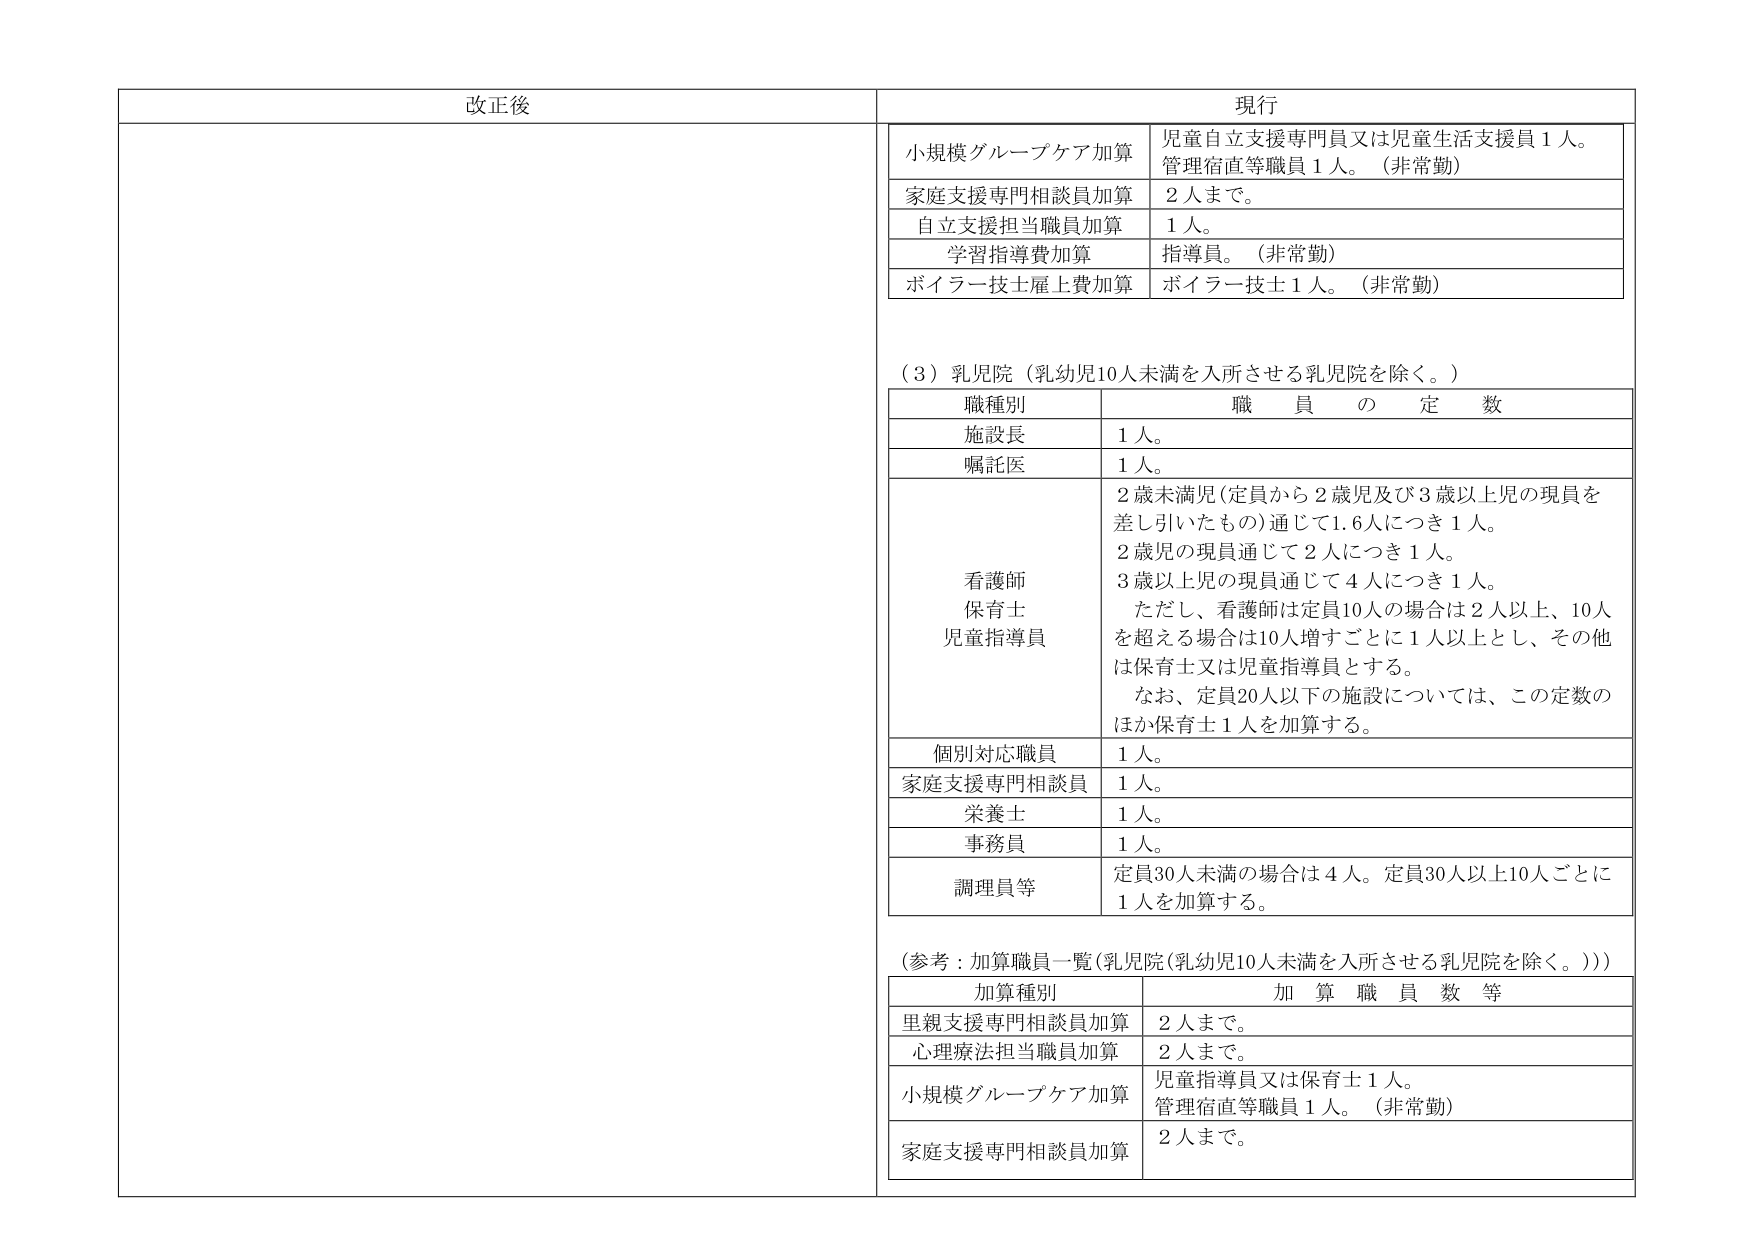
改正後

現行

小規模グループケア加算 児童自立支援専門員又は児童生活支援員１人。 管理宿直等職員１人。（非常勤）

家庭支援専門相談員加算 ２人まで。

自立支援担当職員加算 １人。

学習指導費加算 指導員。（非常勤）

ボイラー技士雇上費加算 ボイラー技士１人。（非常勤）

（３）乳児院（乳幼児10人未満を入所させる乳児院を除く。）

職種別 職員の定数

施設長 １人。

嘱託医 １人。

看護師 保育士 児童指導員 ２歳未満児（定員から２歳児及び３歳以上児の現員を差し引いたもの）通じて1.6人につき１人。 ２歳児の現員通じて２人につき１人。 ３歳以上児の現員通じて４人につき１人。 ただし、看護師は定員10人の場合は２人以上、10人を超える場合は10人増すごとに１人以上とし、その他は保育士又は児童指導員とする。 なお、定員20人以下の施設については、この定数のほか保育士１人を加算する。

個別対応職員 １人。

家庭支援専門相談員 １人。

栄養士 １人。

事務員 １人。

調理員等 定員30人未満の場合は４人。定員30人以上10人ごとに１人を加算する。

（参考：加算職員一覧（乳児院（乳幼児10人未満を入所させる乳児院を除く。）））

加算種別 加算職員数等

里親支援専門相談員加算 ２人まで。

心理療法担当職員加算 ２人まで。

小規模グループケア加算 児童指導員又は保育士１人。 管理宿直等職員１人。（非常勤）

家庭支援専門相談員加算 ２人まで。